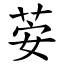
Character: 荌